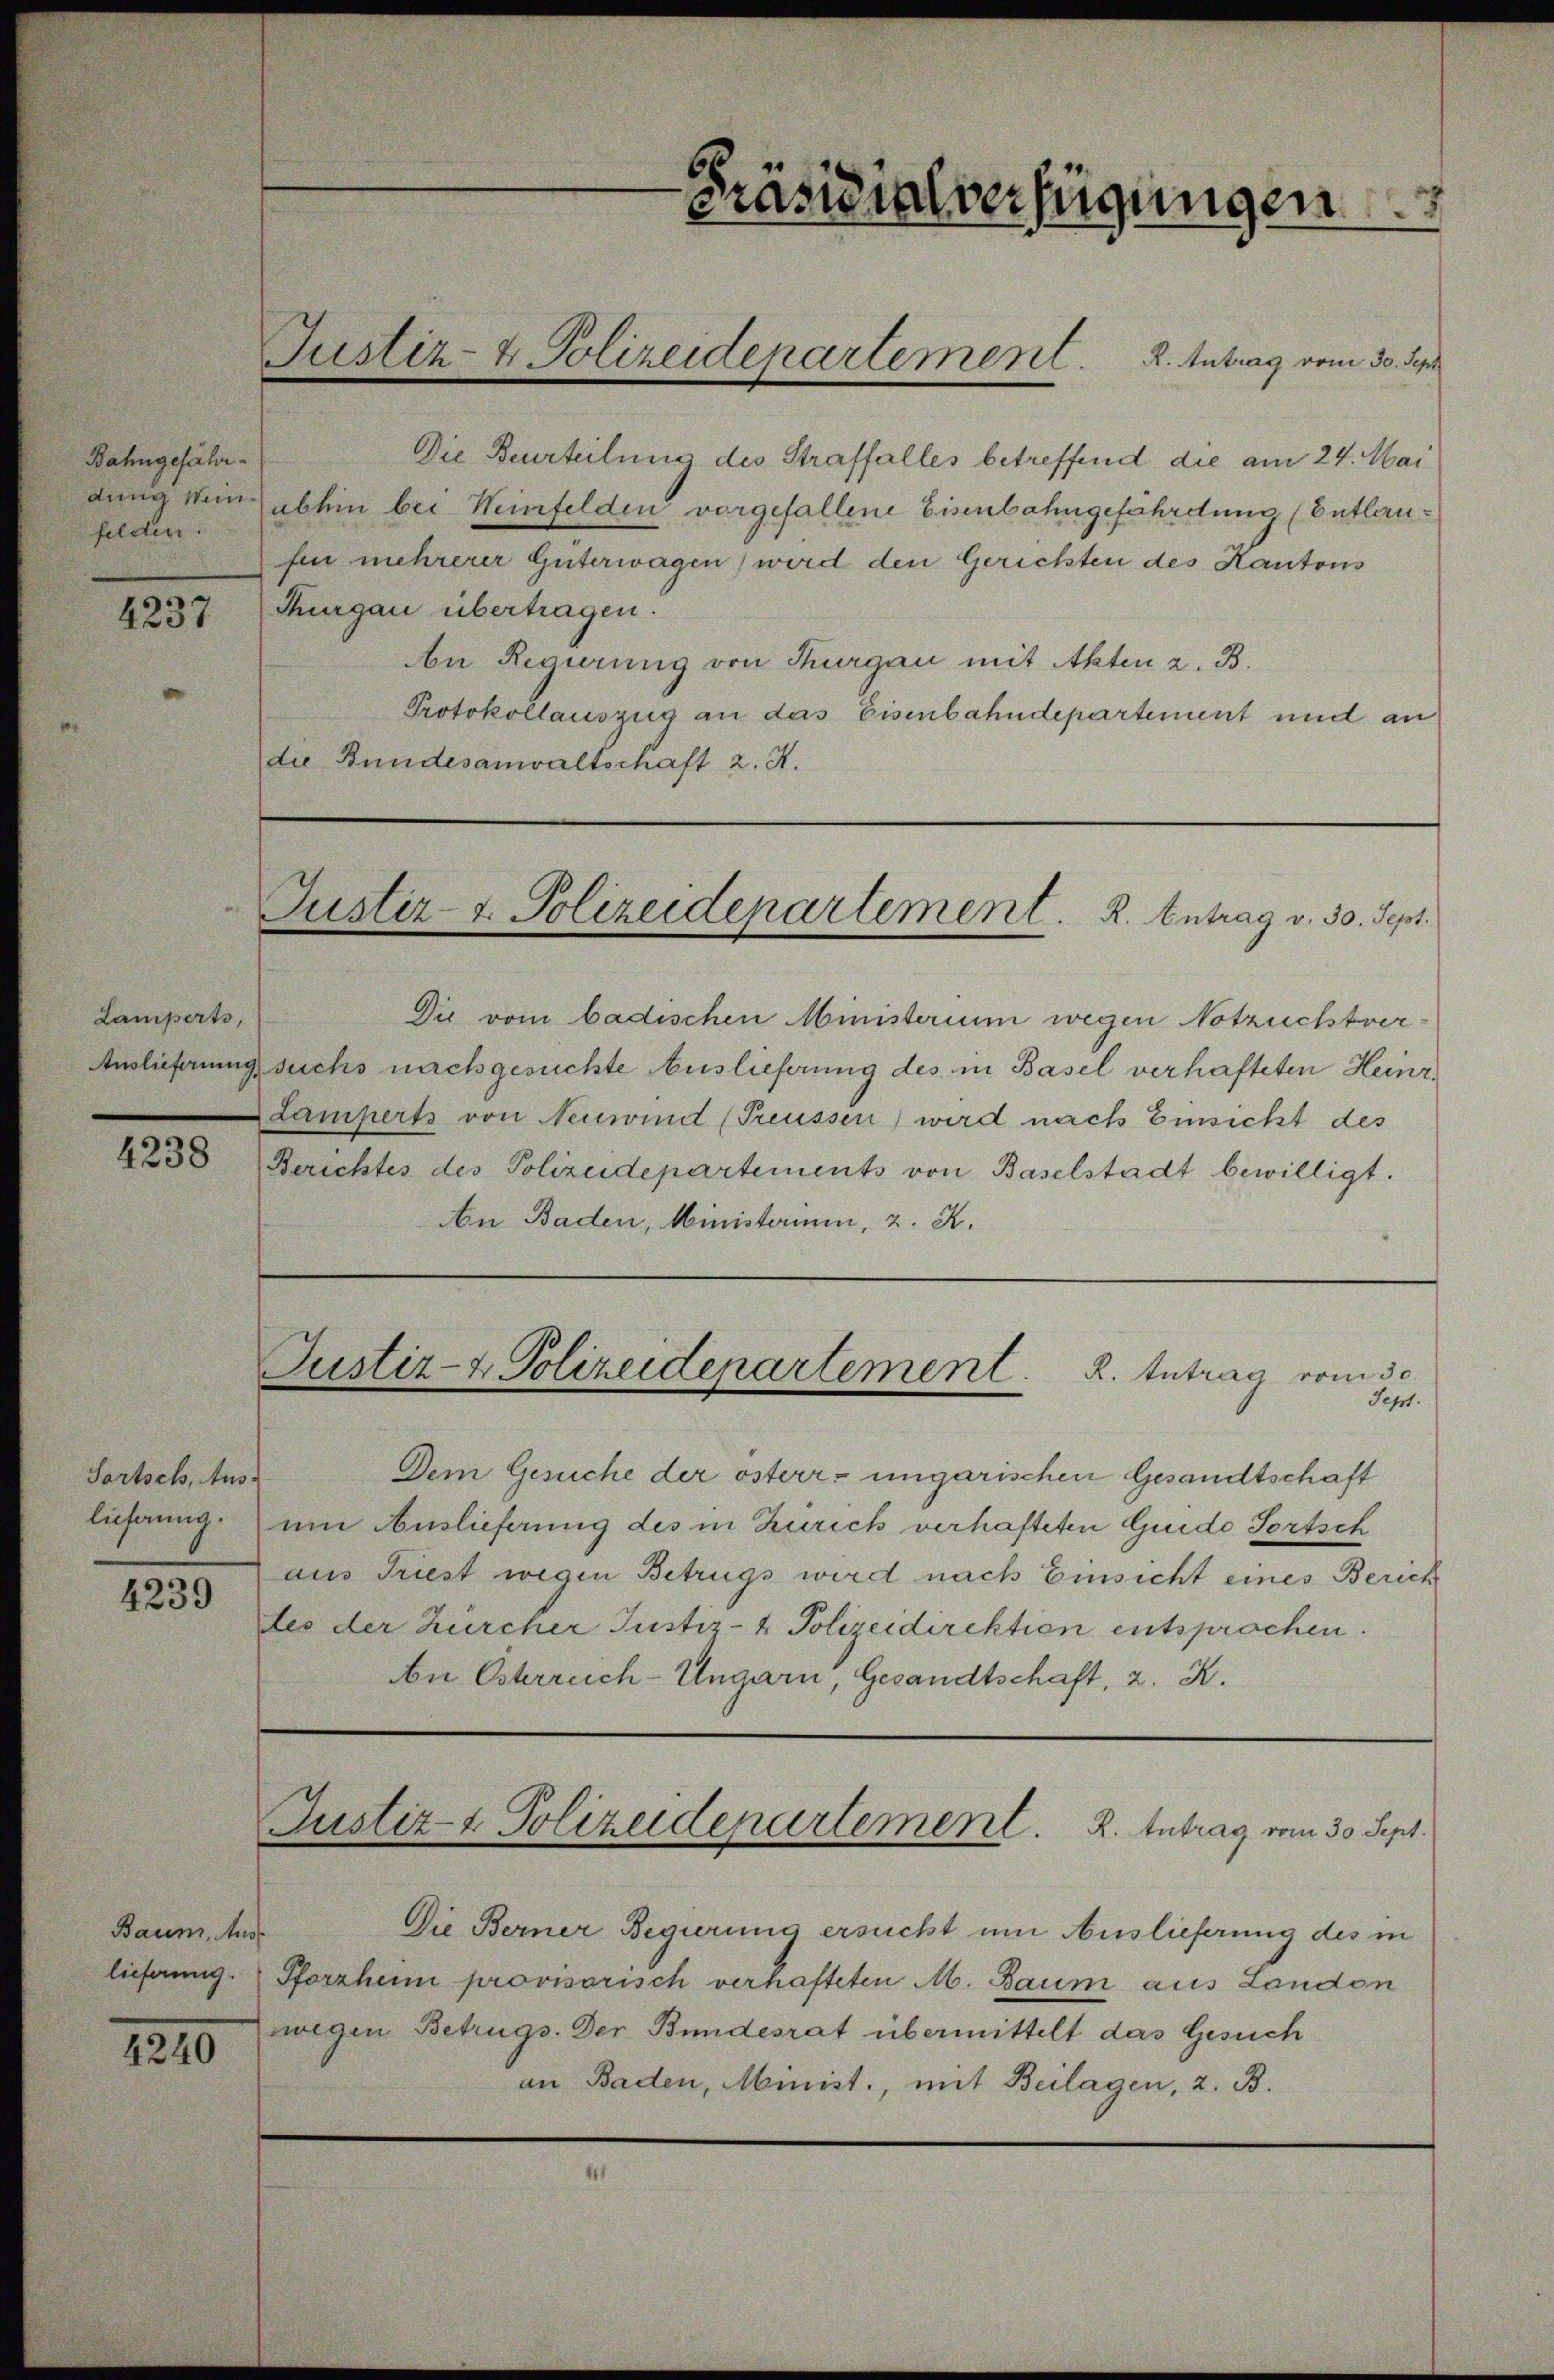
Bahngefähr
felden.

4237

Lamperts,

4238

Fortsch, Aus¬
4239

Baum, Aus-
1210

Justiz- & Polizeidepartement. 2. Antrag vom 30. Sep

Die Beurteilung des Straffalles betreffend die am 24. Mai
dung sein abhin bei Weinfelden vorgefallene Eisenbahngefährdung (Entlaufin mehrerer Güterwagen) wird den Gerichten des Kantons
Thurgau übertragen.
An Regierung von Thurgau mit Akten z. B.
Protokollauszug an das Eisenbahndepartement und an
die Bundesanwaltschaft 2. A.

Justiz- & Polizeidepartement. K. Antrag v. 30. Sept.

Justiz- & Polizeidepartement. R. Intrag vom 30.

Justiz- & Polizeidepartement. K. Antrag vom 30. Sept.

Präsidialverfügungen

Die vom badischen Ministerium wegen Notzuchtver¬
Auslieferung suchs nachgesuchte Auslieferung des in Basel verhafteten Heinr¬
Lamperts von Neuwind (Preussen wird nach Einsicht des
Berichtes des Polizeidepartements von Baselstadt bewilligt.
An Baden, Ministerium, z. R.

Sept.
Dem Gesuche der österr- ungarischen Gesandtschaft
lichung um Auslieferung des in Zürich verhafteten Guide Portsch
aus Triest wegen Betrugs wird nach Einsicht eines Zürich
tes der Zürcher Justiz- & Polizeidirektion entsprochen.
n Österreich-Ungarn, Gesandtschaft, z. K.

Die Berner Begierung ersucht um Auslieferung des in
lieferung. Pforzheim provisorisch verhafteten A. Baum aus Landon
wegen Betrugs. Der Bundesrat übermittelt das Gesuch
an Baden, Minist., mit Beilagen, z. B.